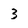
Character: 3